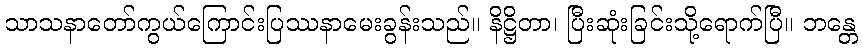
သာသနာတော်ကွယ်ကြောင်းပြဿနာမေးခွန်းသည်။ နိဋ္ဌိတာ၊ ပြီးဆုံးခြင်းသို့ရောက်ပြီ။ ဘန္တေ